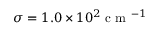
\sigma = 1 . 0 \times 1 0 ^ { 2 } \mathrm { ~ c ~ m ~ } ^ { - 1 }